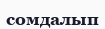
сомдалып